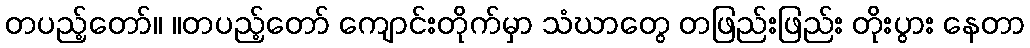
တပည့်တော်။ ။တပည့်တော် ကျောင်းတိုက်မှာ သံဃာတွေ တဖြည်းဖြည်း တိုးပွား နေတာ